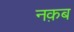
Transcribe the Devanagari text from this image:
नक़ब